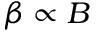
\beta \propto B